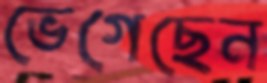
ভেগেছেন